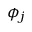
\phi _ { j }